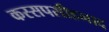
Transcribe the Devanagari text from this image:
कस्सपसीहनाद